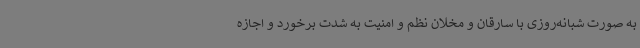
به صورت شبانه‌روزی با سارقان و مخلان نظم و امنیت به شدت برخورد و اجازه